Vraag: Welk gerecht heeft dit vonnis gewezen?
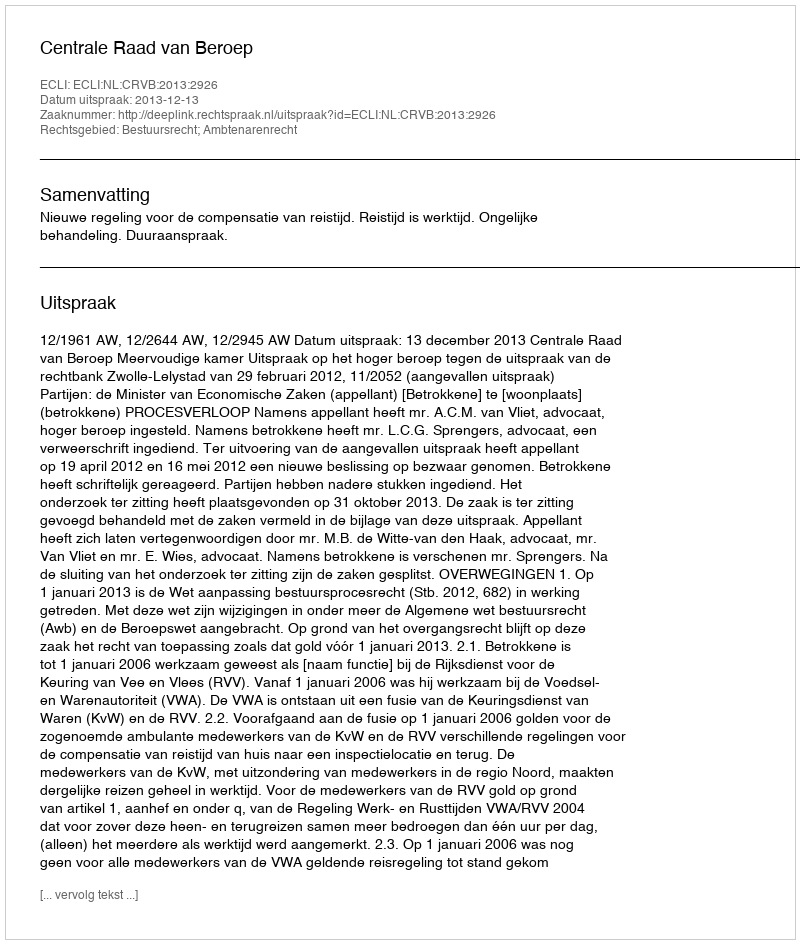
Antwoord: Centrale Raad van Beroep